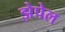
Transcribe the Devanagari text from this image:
झेपेल